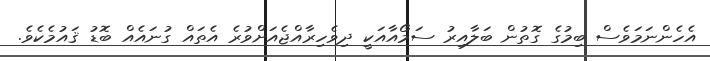
އެހެންނަމަވެސް ބިމުގެ ގޮތުން ބަލާއިރު ސަމޯއާއަކީ ދިވެހިރާއްޖެއަށްވުރެ އެތައް ގުނައެއް ބޮޑު ޤައުމެކެވެ.